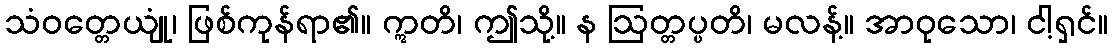
သံဝတ္တေယျုံ၊ ဖြစ်ကုန်ရာ၏။ ဣတိ၊ ဤသို့။ န ဩတ္တပ္ပတိ၊ မလန့်။ အာဝုသော၊ ငါ့ရှင်။